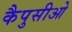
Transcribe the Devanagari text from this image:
कैपुसीओ